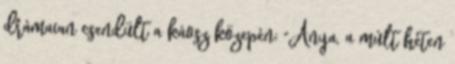
drámaian csendült a káosz közepén: "Anya, a múlt héten